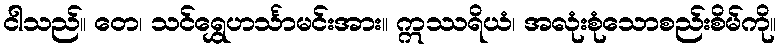
ငါသည်။ တေ၊ သင်ရွှေဟင်္သာမင်းအား။ ဣဿရိယံ၊ အလုံးစုံသောစည်းစိမ်ကို။